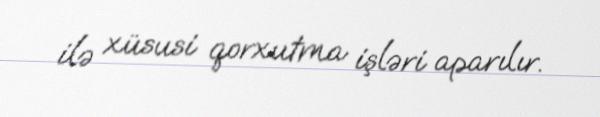
ilə xüsusi qorxutma işləri aparılır.